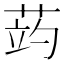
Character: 𦲂